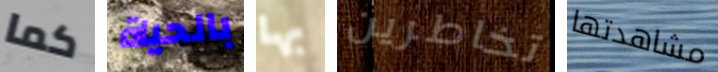
كما بالحياة بها تخاطرين مشاهدتها